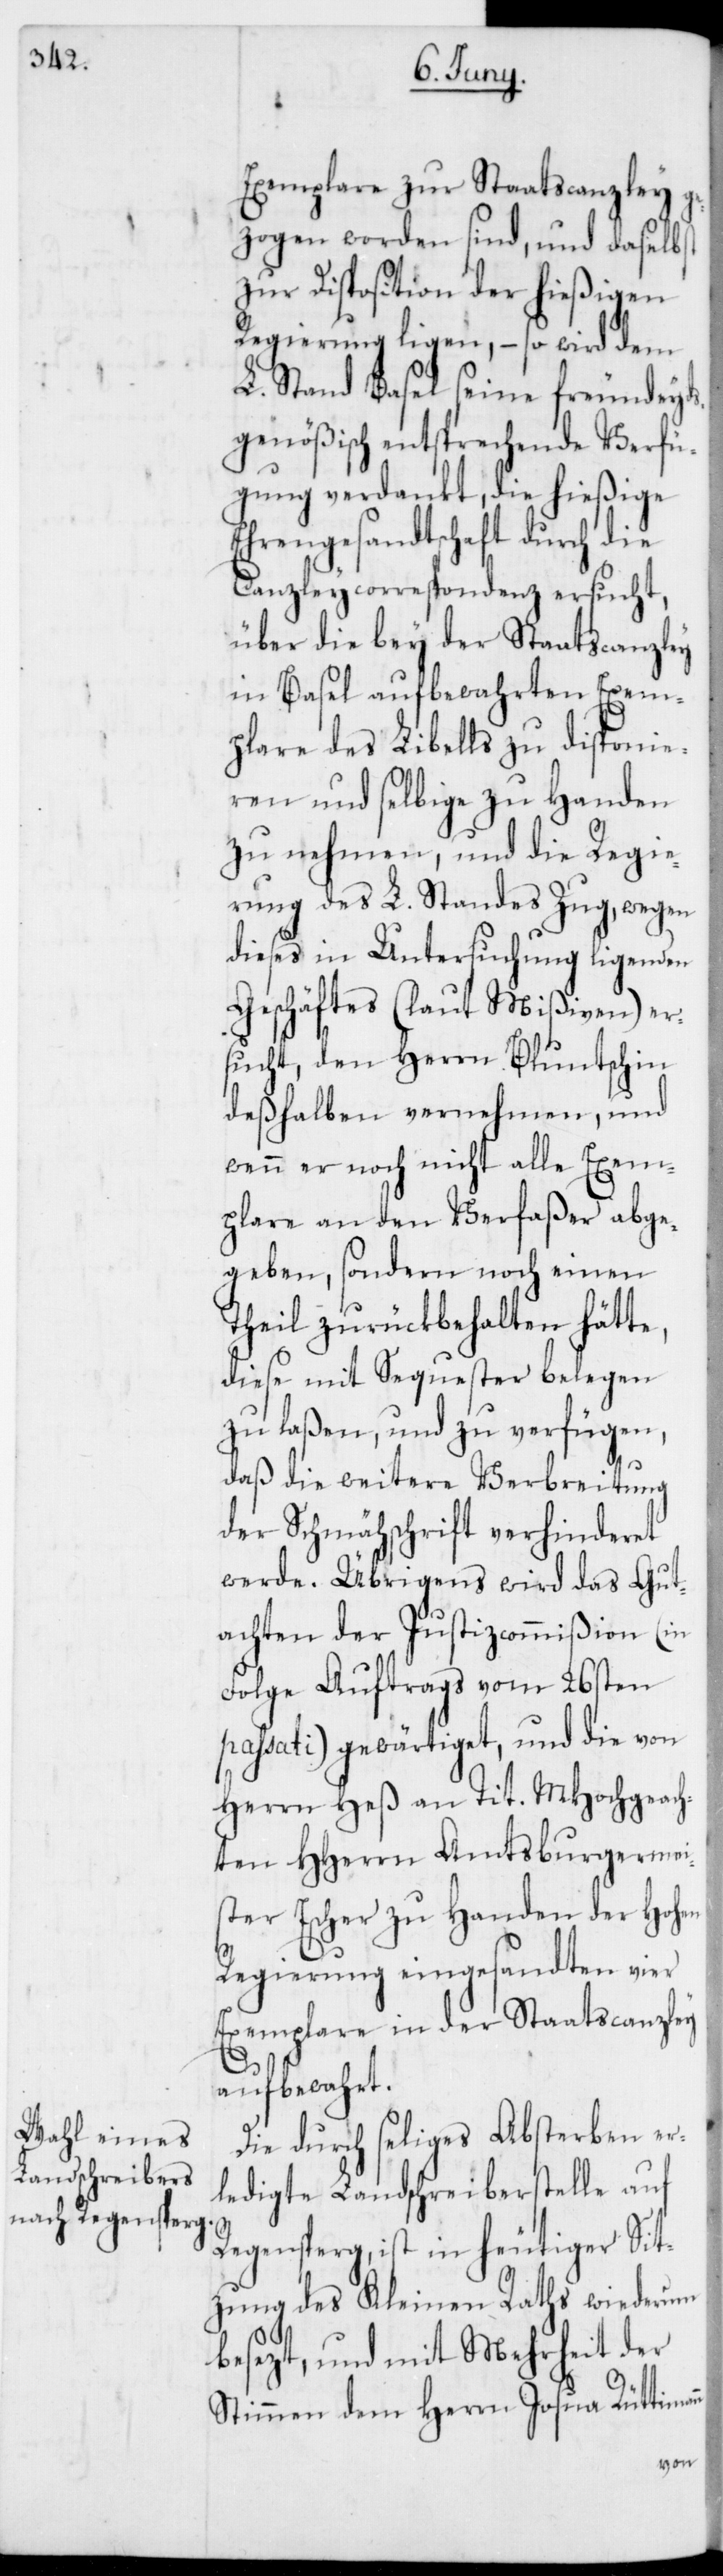
Exemplare zur Staatscanzley g¬
ezogen worden sind, und daselbst
zur Disposition der hießigen
Regierung ligen, – so wird dem
L. Stand Basel seine freundeyds¬
genößisch entsprechende Verfü¬
gung verdankt, die hießige
Ehrengesandtschaft durch die
Canzleycorrespondenz ersucht,
über die bey der Staatscanzley
in Basel aufbewahrten Exem¬
plare des Libells zu disponie¬
ren und selbige zu Handen
zu nehmen, und die Regie¬
rung des L. Standes Zug, wegen
dieses in Untersuchung ligenden
Geschäftes (laut Mißiven) er¬
sucht, den Herrn Bluntschin
deßhalben vernehmen, und
wenn er noch nicht alle Exem¬
plare an den Verfaßer abge¬
geben, sondern noch einen
Theil zurückbehalten hätte,
diese mit Sequester belegen
zu laßen, und zu verfügen,
daß die weitere Verbreitung
der Schmähschrift verhinderet
werde. Übgrigens wird das Gut¬
achten der Justizcommißion (in
Folge Auftrags vom 26sten
passati) gewärtiget, und die von
Herrn Heß an Tit. MHochgeach¬
ten HHerrn Amtsburgermei¬
ster Escher zu Handen der Hohen
Regierung eingesandten vier
Exemplare in der Staatscanzley
n
aufbewahrt.
Die durch seliges Absterben er¬
ledigte Landschreiberstelle auf
Regensperg, ist in heutiger Sit¬
zung des Kleinen Raths wiederum
besezt, und mit Mehrheit der
Stimmen dem Herrn Josua Rüttiman¬